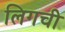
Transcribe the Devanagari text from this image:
लिगची